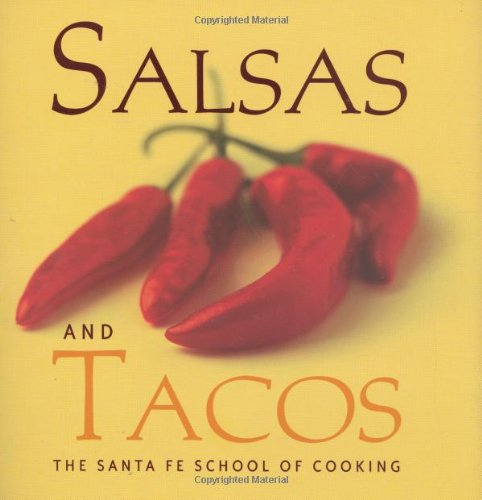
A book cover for Salsas and Tacos: Santa Fe School of Cooking; Susan D. Curtis; Cookbooks, Food & Wine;